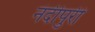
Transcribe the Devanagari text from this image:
नंदीपुरी